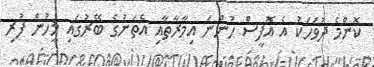
ކޮންމެ ދުވަހަކު އެ އޮފީސް ހުންނަ އިމާރާތާއި އެތަނުގެ ބޭރުގައި މީހުން ފުރި